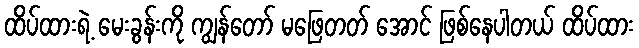
ထိပ်ထားရဲ့ မေးခွန်းကို ကျွန်တော် မဖြေတတ် အောင် ဖြစ်နေပါတယ် ထိပ်ထား